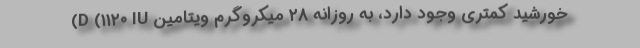
خورشید کمتری وجود دارد، به روزانه ۲۸ میکروگرم ویتامین D (۱۱۲۰ IU)